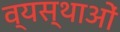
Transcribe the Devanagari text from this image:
व्यस्थाओं